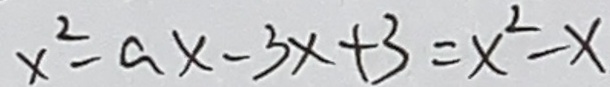
x ^ { 2 } - a x - 3 x + 3 = x ^ { 2 } - x